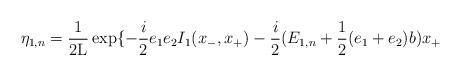
LaTeX: \begin{align*}{\eta}_{1,n} = \frac{1}{2{\rm L}} \exp\{ - \frac{i}{2} e_1e_2I_1(x_{-},x_{+}) - \frac{i}{2} (E_{1,n} + \frac{1}{2}(e_1 + e_2)b) x_{+}\end{align*}